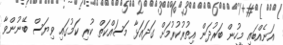
އަނެއްބައި މީހުން ބަރުދަން އިތުރުކުރުމަށް ގަދައަޅާ މަސައްކަތް ކުރި ކަމުގައި ވިޔަސް ބޭނުންވާ